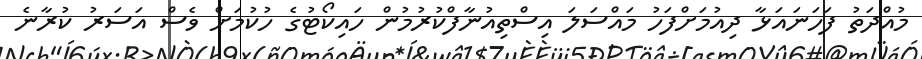
މުއްދަތު ފަހަނައަޅާ ދިއުމަށްފަހު މައްސަލަަ އިސްތިއުނާފްކުރުމުން ހައިކޯޓުގެ ހުކުމަށް ވެސް އަސަރު ކުރާނެ